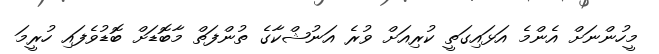
މީހުންނަށް އެންމެ އަޅައިގަތީ ކުރިއަށް ވުރެ އަނުޝްކާގެ ތުންފަތް މާބޮޑަށް ބޮޑުވެފައި ހުރީމަ